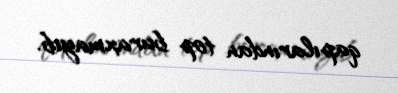
qapılarından top buraxmayıb.